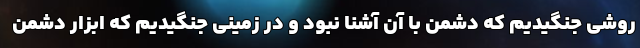
روشی جنگیدیم که دشمن با آن آشنا نبود و در زمینی جنگیدیم که ابزار دشمن